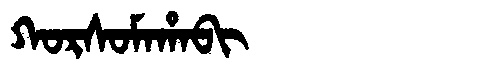
Manchu: ᡴᠣᡵᠰᠣᠮᠠᡥᠠᠪᡳ
Romanization: KORSOMAHABI